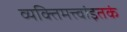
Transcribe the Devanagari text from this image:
व्यक्तिमत्त्वांइतकं